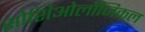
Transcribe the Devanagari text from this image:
सोशिओलॉजिकल